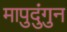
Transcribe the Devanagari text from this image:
मापुदुंगुन